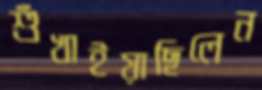
শুঁখাইয়াছিলেন